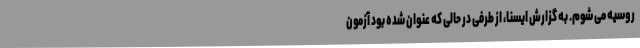
روسیه می شوم. به گزارش ایسنا، از طرفی در حالی که عنوان شده بود آزمون